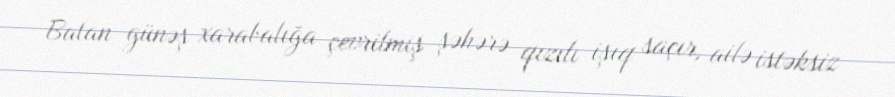
Batan günəş xarabalığa çevrilmiş şəhərə qızılı işıq saçır, ailə istəksiz